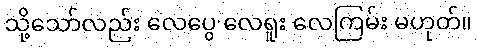
သို့သော်လည်း လေပွေ လေရူး လေကြမ်း မဟုတ်။